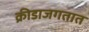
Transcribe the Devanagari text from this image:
क्रीडाजगतात